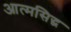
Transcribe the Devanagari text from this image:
आत्मसिद्ध